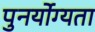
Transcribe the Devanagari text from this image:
पुनर्योग्यता